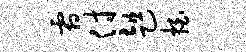
霜付趄拍